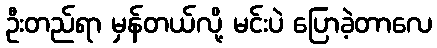
ဦးတည်ရာ မှန်တယ်လို့ မင်းပဲ ပြောခဲ့တာလေ